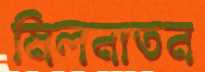
মিলনাতন